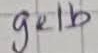
Text: gelb